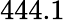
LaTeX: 444.1